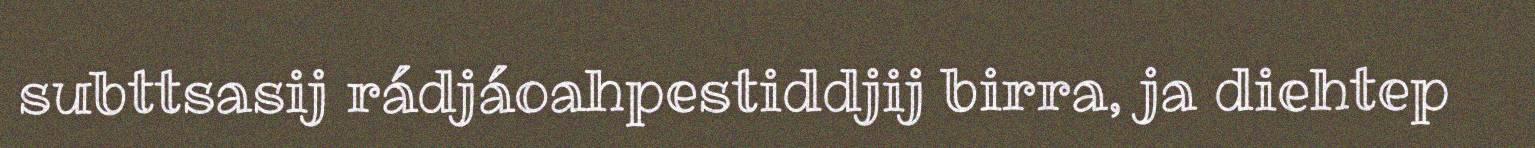
subttsasij rádjáoahpestiddjij birra, ja diehtep